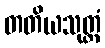
တတိယသုတ္တံ